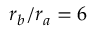
r _ { b } / r _ { a } = 6